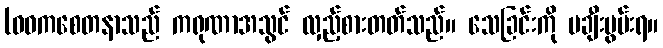
(ဝဓကစေတနာသည် ကရုဏာအသွင် လှည့်စားတတ်သည်။ သေခြင်းကို မချီးမွမ်းရ။